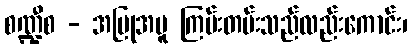
စဏ္ဍီစ - အပြုအမူ ကြမ်းတမ်းသည်လည်းကောင်း၊